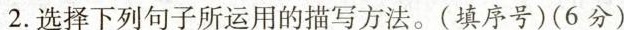
2.选择下列句子所运用的描写方法。(填序号)(6分)